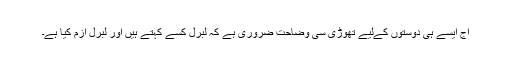
آج ایسے ہی دوستوں کےلیے تھوڑی سی وضاحت ضروری ہے کہ لبرل کسے کہتے ہیں اور لبرل ازم کیا ہے۔